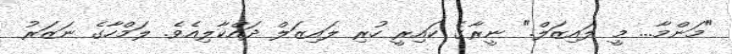
"މަންމާ... މީ ލައިޒަލް." ނީރާގެ ކައިރީ ހުރި ލައިޒަލް ދައްކާލިއެވެ. ލަމްހާގެ ނަޒަރު